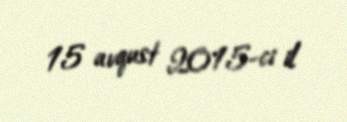
15 avqust 2015-ci il